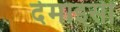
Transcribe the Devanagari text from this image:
देमाइसीं